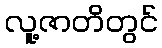
လူ့ဇာတိတွင်